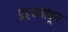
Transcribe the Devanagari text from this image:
प्रहसनांतून